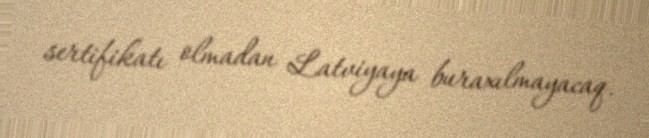
sertifikatı olmadan Latviyaya buraxılmayacaq.